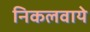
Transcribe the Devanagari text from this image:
निकलवाये